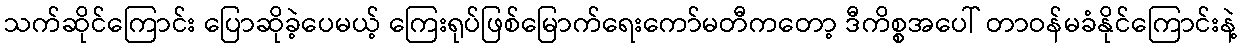
သက်ဆိုင်ကြောင်း ပြောဆိုခဲ့ပေမယ့် ကြေးရုပ်ဖြစ်မြောက်ရေးကော်မတီကတော့ ဒီကိစ္စအပေါ် တာဝန်မခံနိုင်ကြောင်းနဲ့